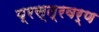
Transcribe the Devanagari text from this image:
प्रस्त्रवर्ण